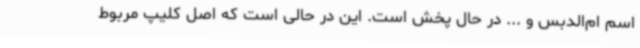
اسم ام‌الدبس و ... در حال پخش است. این در حالی است که اصل کلیپ مربوط